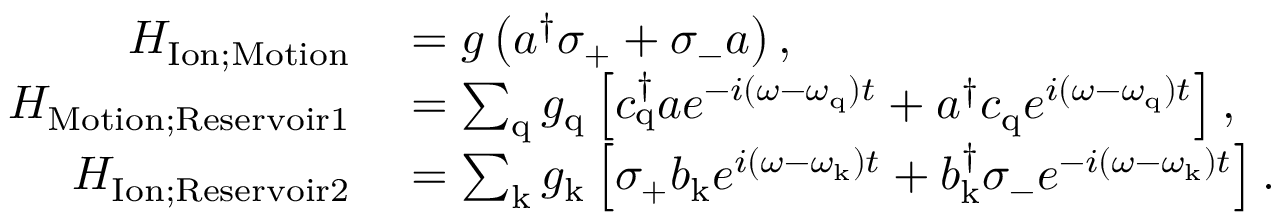
\begin{array} { r l } { H _ { \mathrm { I o n ; M o t i o n } } } & { { } = g \left( a ^ { \dagger } \sigma _ { \mathrm { + } } + \sigma _ { \mathrm { - } } a \right) , } \\ { H _ { \mathrm { M o t i o n ; R e s e r v o i r 1 } } } & { { } = \sum _ { \mathrm { q } } g _ { \mathrm { q } } \left[ c _ { \mathrm { q } } ^ { \dagger } a e ^ { - i ( \omega - \omega _ { \mathrm { q } } ) t } + a ^ { \dagger } c _ { \mathrm { q } } e ^ { i ( \omega - \omega _ { \mathrm { q } } ) t } \right] , } \\ { H _ { \mathrm { I o n ; R e s e r v o i r 2 } } } & { { } = \sum _ { \mathrm { k } } g _ { \mathrm { k } } \left[ \sigma _ { \mathrm { + } } b _ { \mathrm { k } } e ^ { i ( \omega - \omega _ { \mathrm { k } } ) t } + b _ { \mathrm { k } } ^ { \dagger } \sigma _ { \mathrm { - } } e ^ { - i ( \omega - \omega _ { \mathrm { k } } ) t } \right] . } \end{array}